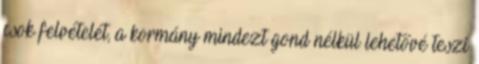
csok felvételét, a kormány mindezt gond nélkül lehetővé teszi